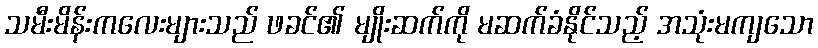
သမီးမိန်းကလေးများသည် ဖခင်၏ မျိုးဆက်ကို မဆက်ခံနိုင်သည့် အသုံးမကျသော